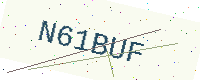
Text: N61BUF